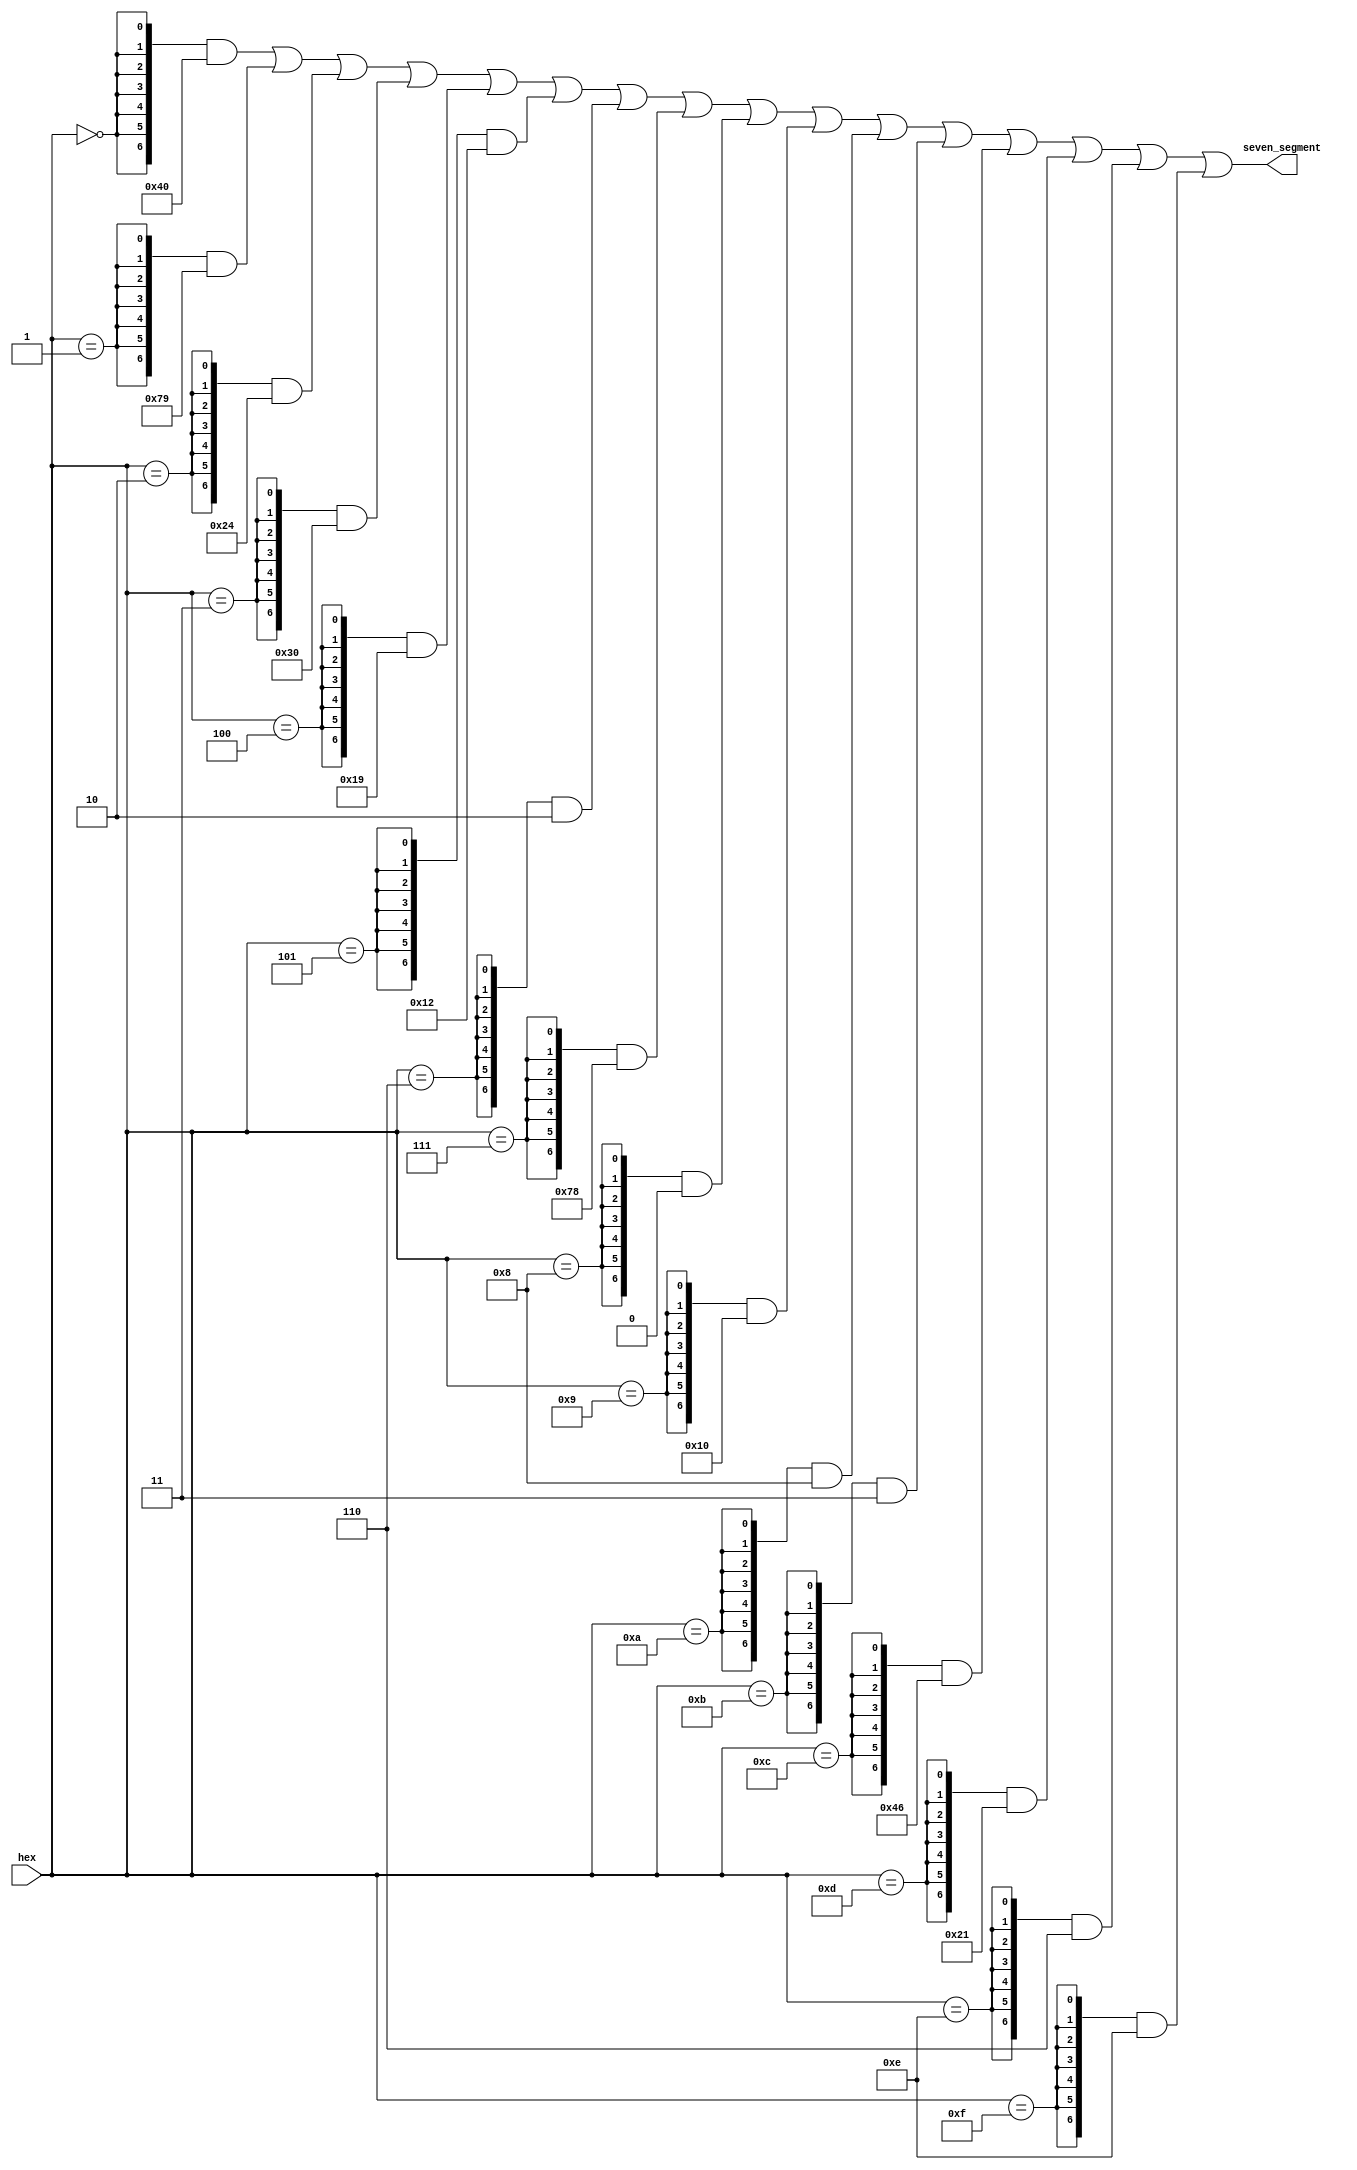
module hex2seven_seg(
    input [3:0] hex,
    output [6:0] seven_segment
);

assign seven_segment =  {7{hex == 0}} & ~7'b0111111 | 
                        {7{hex == 1}} & ~7'b0000110 | 
                        {7{hex == 2}} & ~7'b1011011 |
                        {7{hex == 3}} & ~7'b1001111 |
                        {7{hex == 4}} & ~7'b1100110 |
                        {7{hex == 5}} & ~7'b1101101 |
                        {7{hex == 6}} & ~7'b1111101 |
                        {7{hex == 7}} & ~7'b0000111 |
                        {7{hex == 8}} & ~7'b1111111 |
                        {7{hex == 9}} & ~7'b1101111 |
                        {7{hex == 4'ha}} & ~7'b1110111 |
                        {7{hex == 4'hb}} & ~7'b1111100 |
                        {7{hex == 4'hc}} & ~7'b0111001 |
                        {7{hex == 4'hd}} & ~7'b1011110 |
                        {7{hex == 4'he}} & ~7'b1111001 |
                        {7{hex == 4'hf}} & ~7'b1110001;

endmodule